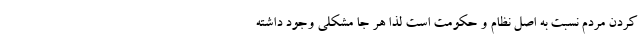
کردن مردم نسبت به اصل نظام و حکومت است لذا هر جا مشکلی وجود داشته